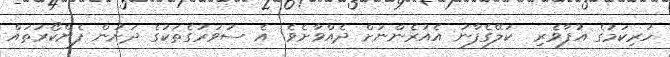
ހުރިކަމުގެ އުފާވެރި  ކަލޭގެފާނު އެއުރެންނަށް ދެއްވާށެވެ! އެ ސުވަރުގެތަކުގެ ދަށުން ފެންކޯރުތައް